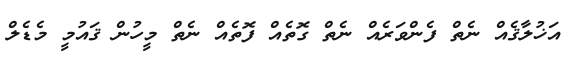
އަޚުލާޤެއް ނެތް ފެންވަރެއް ނެތް ގޮތެއް ފޮތެއް ނެތް މީހުން ޤައުމީ މެޑެލް